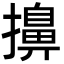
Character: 擤